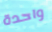
واحدة